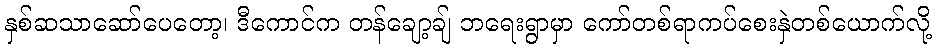
နှစ်ဆသာဆော်ပေတော့၊ ဒီကောင်က တန်ချော့ချ် ဘရေးရွာမှာ ကော်တစ်ရာကပ်စေးနှဲတစ်ယောက်လို့